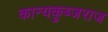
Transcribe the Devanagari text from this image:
कान्यकुब्जराज